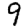
Digit: 9